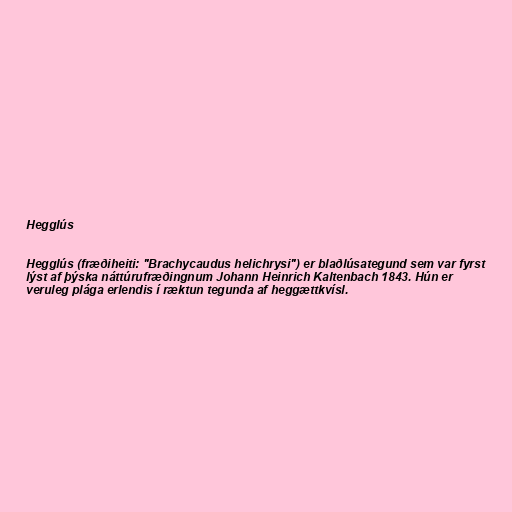
Hegglús

Hegglús (fræðiheiti: "Brachycaudus helichrysi") er blaðlúsategund sem var fyrst
lýst af þýska náttúrufræðingnum Johann Heinrich Kaltenbach 1843. Hún er
veruleg plága erlendis í ræktun tegunda af heggættkvísl.